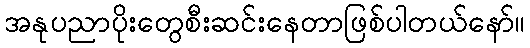
အနုပညာပိုးတွေစီးဆင်းနေတာဖြစ်ပါတယ်နော်။